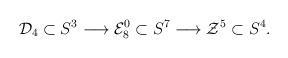
LaTeX: \begin{align*}{\cal D}_{4}\subset S^{3} \longrightarrow {\cal E}_{8}^{0} \subset S^{7}\longrightarrow {\cal Z}^{5} \subset S^{4}.\end{align*}